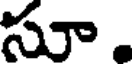
సూ.